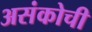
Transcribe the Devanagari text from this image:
असंकोची